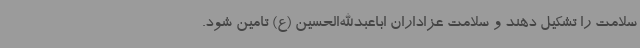
سلامت را تشکیل دهند و سلامت عزاداران اباعبدالله‌الحسین (ع) تامین شود.